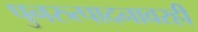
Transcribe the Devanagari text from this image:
पुनरुत्पादनावरही